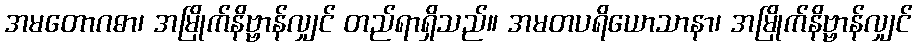
အမတောဂဓာ၊ အမြိုက်နိဗ္ဗာန်လျှင် တည်ရာရှိသည်။ အမတပရိယောသာနာ၊ အမြိုက်နိဗ္ဗာန်လျှင်